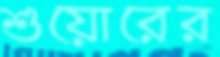
শুয়োরের